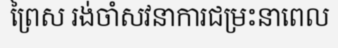
ព្រៃស រង់ចាំសវនាការជម្រះនាពេល